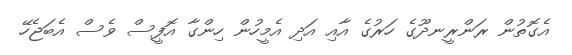
އެގޮތުން ރަންރީނދޫގެ ހަރުގެ އާއި އަދި އެމީހުން ހިންގާ އޮފީސް ވެސް އެބަޖެހޭ